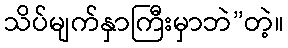
သိပ်မျက်နှာကြီးမှာဘဲ”တဲ့။